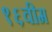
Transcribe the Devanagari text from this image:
१६वीम